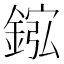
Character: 𫒮